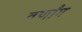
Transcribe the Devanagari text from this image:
वर्णांग